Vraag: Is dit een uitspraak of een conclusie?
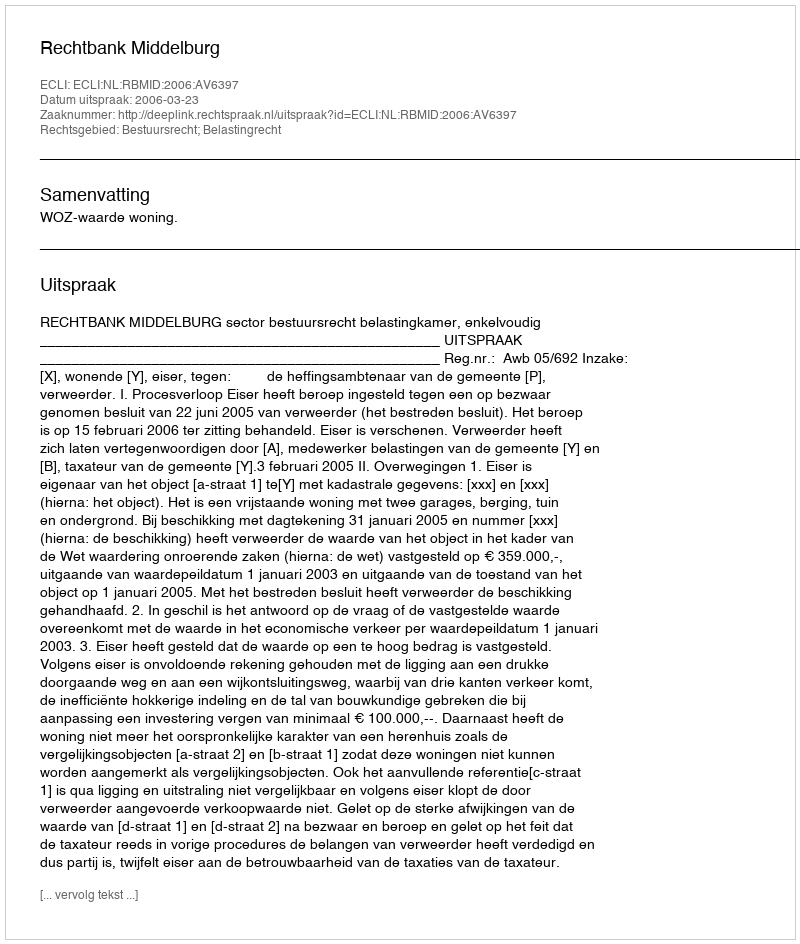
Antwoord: Uitspraak